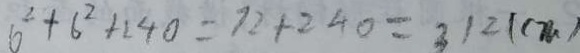
6 ^ { 2 } + 6 ^ { 2 } + 1 4 0 = 7 2 + 2 4 0 = 3 1 2 ( c m )